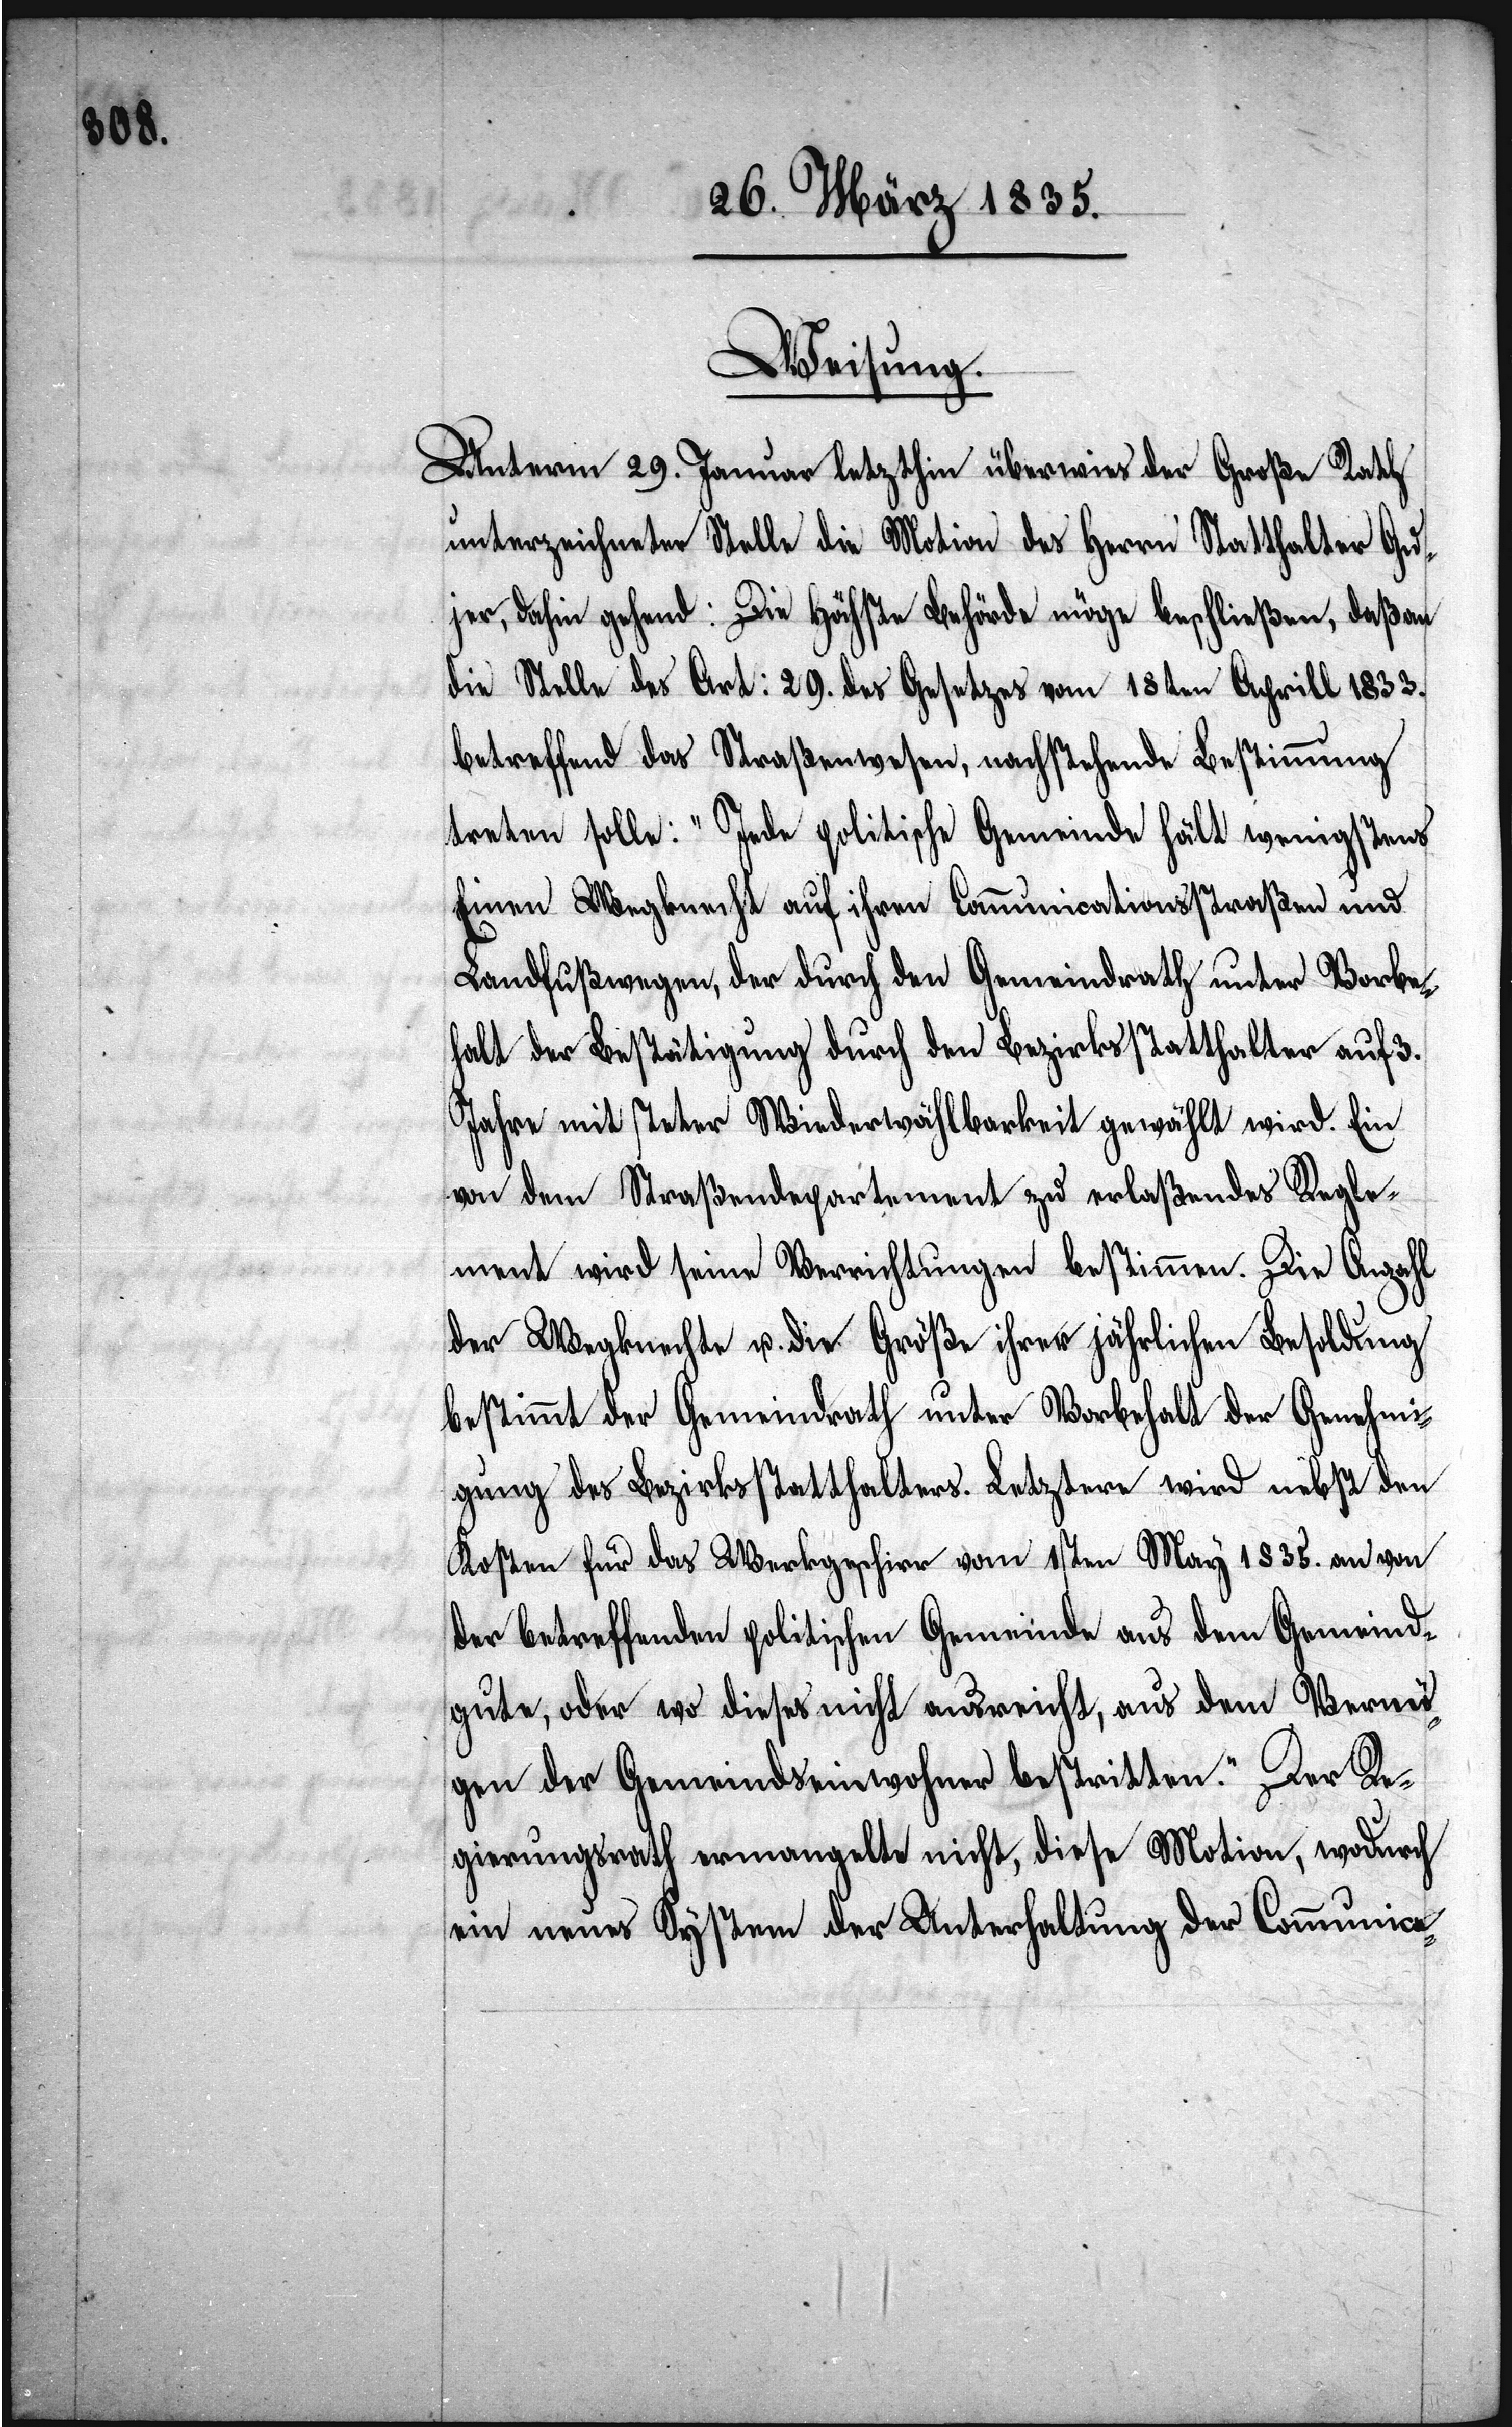
Weisung.
Unterm 29. Januar letzthin überwies der Große Rath
unterzeichneter Stelle die Motion des Herrn Statthalter Gu¬
jer dahin gehend: Die Höchste Behörde möge beschließen, daß an
die Stelle des Art: 29. des Gesetzes vom 18ten Aprill 1833.
betreffend das Straßenwesen, nachstehende Bestimmung
treten solle: „Jede politische Gemeinde hält wenigstens
Einen Wegknecht auf ihren Communicationsstraßen und
Landfußwegen, der durch den Gemeindrath unter Vorbe¬
halt der Bestätigung durch den Bezirksstatthalter auf 3.
Jahre mit steter Wiederwählbarkeit gewählt wird. Ein
von dem Straßendepartement zu erlaßendes Regle¬
ment wird seine Verrichtungen bestimmen. Die Anzahl
der Wegknechte u. die Größe ihrer jährlichen Besoldung
bestimmt der Gemeindrath unter Vorbehalt der Genehmi¬
gung des Bezirksstatthalters. Letztere wird nebst den
Kosten für das Werkgeschirr vom 1sten May 1835. an von
der betreffenden politischen Gemeinde aus dem Gemeind¬
gute, oder wo dieses nicht ausreicht, aus dem Vermö¬
gen der Gemeindseinwohner bestritten.“ Der Re¬
gierungsrath ermangelte nicht, diese Motion, wodurch
ein neues System der Unterhaltung der Communica-